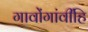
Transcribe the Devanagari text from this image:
गावोंगांवींहि